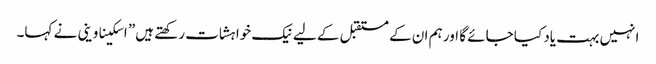
انہیں بہت یاد کیا جائے گا اور ہم ان کے مستقبل کے لیے نیک خواہشات رکھتے ہیں” اسکیناوینی نے کہا۔